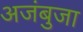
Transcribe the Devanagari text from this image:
अजंबुजा